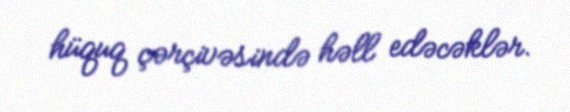
hüquq çərçivəsində həll edəcəklər.